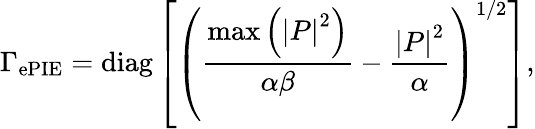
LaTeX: \Gamma_{\textrm{ePIE}}=\textrm{diag}\left[\left(\frac{\operatorname*{max}\left(\left|P\right|^{2}\right)}{\alpha\beta}-\frac{\left|P\right|^{2}}{\alpha}\right)^{1/2}\right],